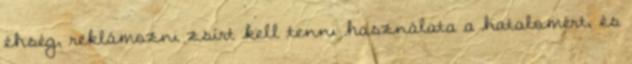
éhség, reklámozni zsírt kell tenni használata a hatalomért, és